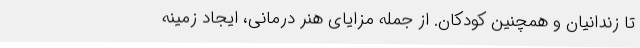
تا زندانیان و همچنین کودکان. از جمله مزایای هنر درمانی، ایجاد زمینه